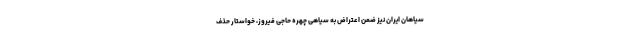
سیاهان ایران نیز ضمن اعتراض به سیاهی چهره حاجی فیروز، خواستار حذف